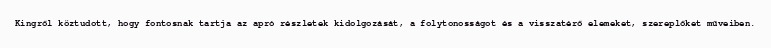
Kingről köztudott, hogy fontosnak tartja az apró részletek kidolgozását, a folytonosságot és a visszatérő elemeket, szereplőket műveiben.